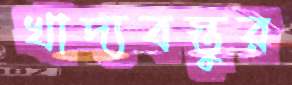
খাদ্যবস্তুর